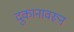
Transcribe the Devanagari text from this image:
दुकानावरून